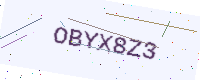
Text: OBYX8Z3